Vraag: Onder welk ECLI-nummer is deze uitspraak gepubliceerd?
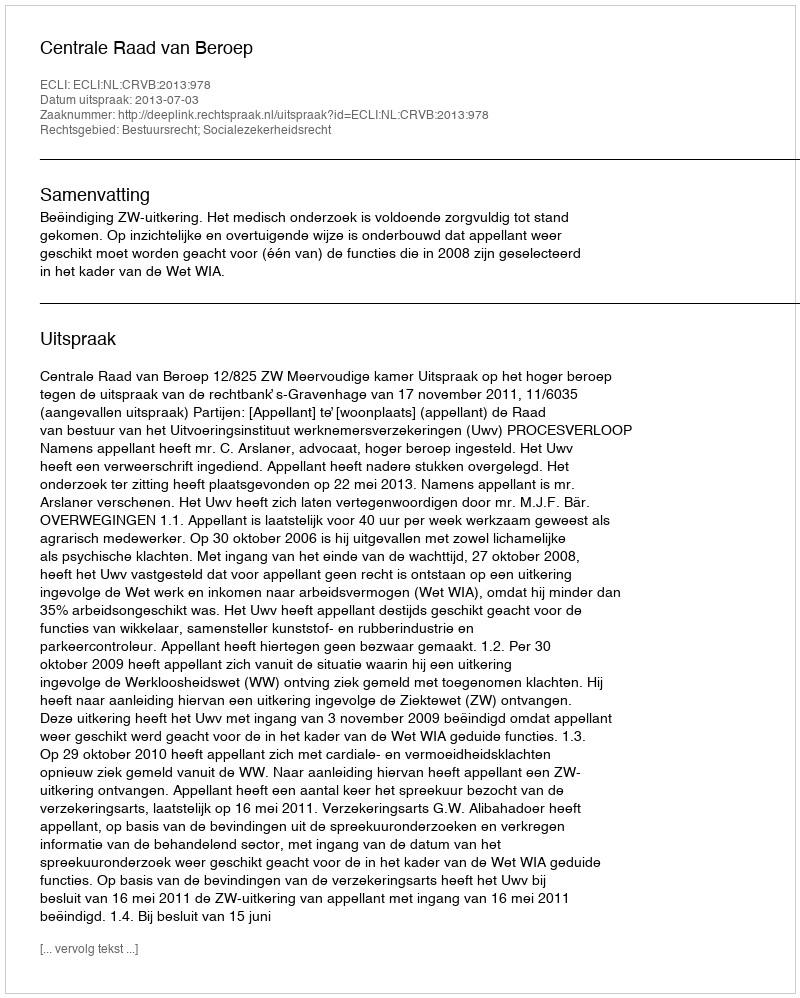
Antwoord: ECLI:NL:CRVB:2013:978